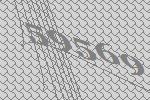
59569